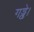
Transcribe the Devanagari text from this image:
गड्ढे।